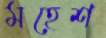
মহেশ